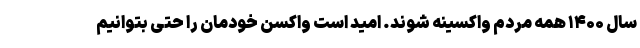
سال ۱۴۰۰ همه مردم واکسینه شوند. امید است واکسن خودمان را حتی بتوانیم